Civil Veterinary Dept. Bombay admin report 1932-41 - 1932-1941
Year: 1932
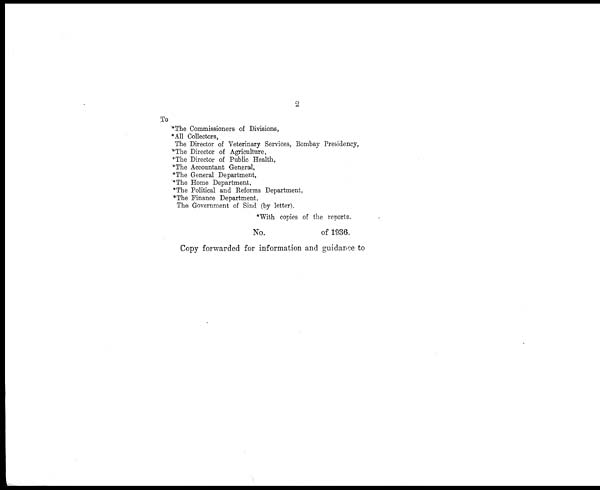
2
To
*The Commissioners of Divisions,
*All Collectors,
The Director of Veterinary Services, Bombay Presidency,
*The Director of Agriculture,
*The Director of Public Health,
*The Accountant General,
*The General Department,
*The Home Department,
*The Political and Reforms Department,
*The Finance Department,
The Government of Sind (by letter).
*With copies of the reports.
No.
of 1936.
Copy forwarded for information and guidance to